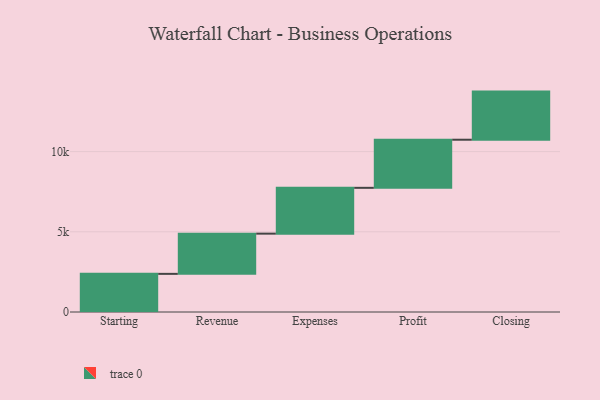
{"axis": {"x": "Step", "y": "Value"}, "legend": [""], "data": [{"x": "Starting", "y": 2378.0, "type": ""}, {"x": "Revenue", "y": 2507.0, "type": ""}, {"x": "Expenses", "y": 2857.0, "type": ""}, {"x": "Profit", "y": 3000, "type": ""}, {"x": "Closing", "y": 3000, "type": ""}]}